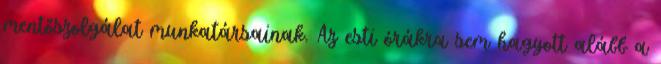
mentőszolgálat munkatársainak. Az esti órákra sem hagyott alább a